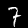
Label: 7